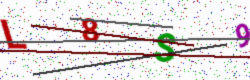
Text: L8S9